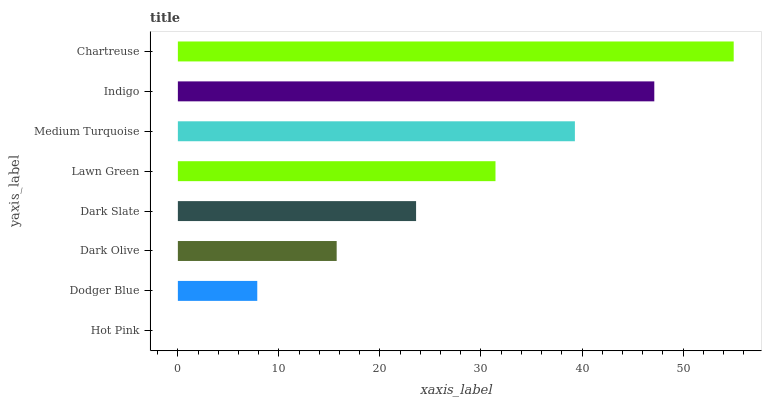
| yaxis_label | bars |
 | --- | --- |
 | Hot Pink | 0 |
 | Dodger Blue | 7.86 |
 | Dark Olive | 15.7 |
 | Dark Slate | 23.6 |
 | Lawn Green | 31.4 |
 | Medium Turquoise | 39.3 |
 | Indigo | 47.2 |
 | Chartreuse | 55 |